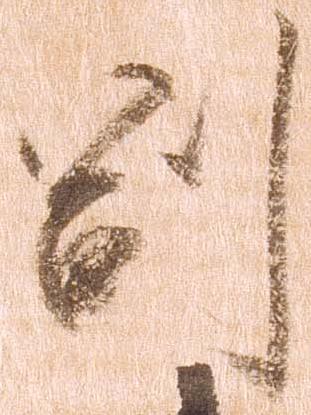
副